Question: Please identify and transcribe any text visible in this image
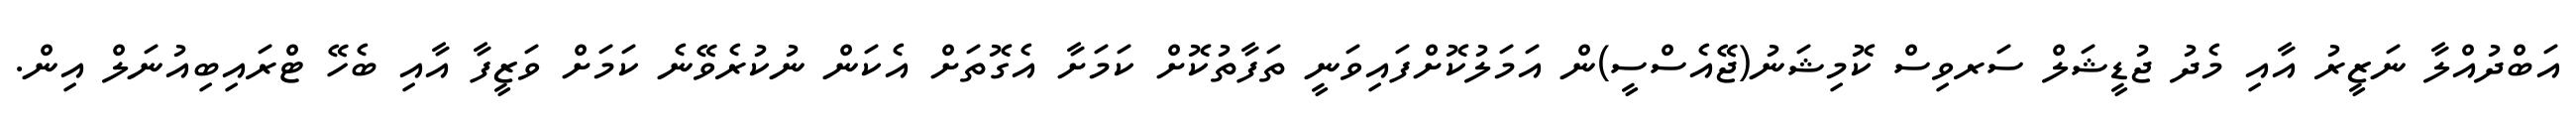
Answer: އަބްދުއްލާ ނަޒީރު އާއި މެދު ޖުޑީޝަލް ސަރވިސް ކޮމިޝަނު(ޖޭއެސްސީ)ން އަމަލުކޮށްފައިވަނީ ތަފާތުކޮށް ކަމަށާ އެގޮތަށް އެކަން ނުކުރެވޭނެ ކަމަށް ވަޒީފާ އާއި ބެހޭ ޓްރައިބިއުނަލް އިން.